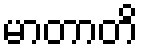
မာတာတိ